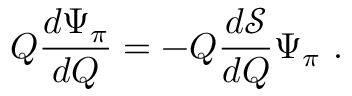
Q \frac { d \Psi _ { \pi } } { d Q } = - Q \frac { d { \mathcal S } } { d Q } \Psi _ { \pi } \ .